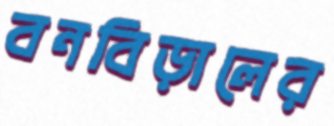
বনবিড়ালের